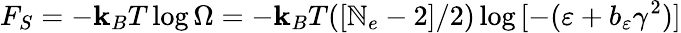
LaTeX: F_{S}=-\mathbf{k}_{B}T\log{\Omega}=-\mathbf{k}_{B}T([\mathbb{N}_{e}-2]/2)\log{[-(\varepsilon+b_{\varepsilon}\gamma^{2})]}